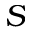
\cal { S }